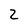
Character: 2